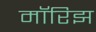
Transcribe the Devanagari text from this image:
मॉरिझ